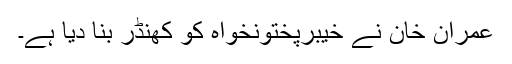
عمران خان نے خیبرپختونخواہ کو کھنڈر بنا دیا ہے۔